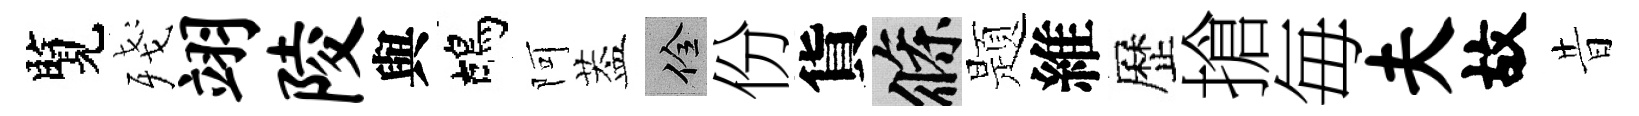
覽殘翊陵與鴣阿葢佺份貨條题維歷搶毎夫故昔